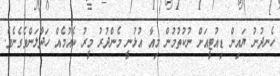
ހެނދުނު ޔައިން ޑިއުޓީއަށް ނުކުތުމުން މިއާ އުޅުނީ މެންދުރު މީރު ކެއުމެއް ހަދާލަންވެގެނެވެ.